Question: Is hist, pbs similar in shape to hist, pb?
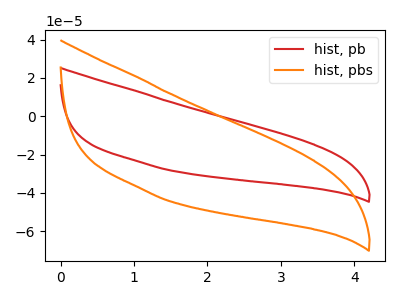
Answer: <think>The red curve "hist, pb" has no peaks. The orange curve "hist, pbs" has no peaks.
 Neither "hist, pbs" or "hist, pb" have any peaks.</think>
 <answer>"hist, pbs" and "hist, pb" are similar in shape.</answer>
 <eval>same_shape</eval>